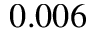
0 . 0 0 6